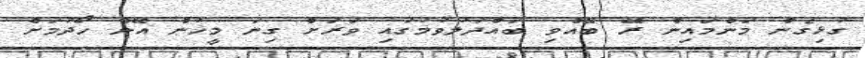
ގުޅިގެން މަންމައިން ރޭ ބޭއްވި ބައްދަލުވުމުގައި ވަރަށް ގިނަ މީހުން އޭނާ ހޯދުމަށް